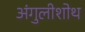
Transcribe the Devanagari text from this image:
अंगुलीशोथ